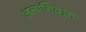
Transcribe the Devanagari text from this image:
अल्पनिदान